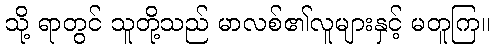
သို့ ရာတွင် သူတို့သည် မာလစ်၏လူများနှင့် မတူကြ။